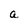
Character: a